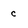
Character: c